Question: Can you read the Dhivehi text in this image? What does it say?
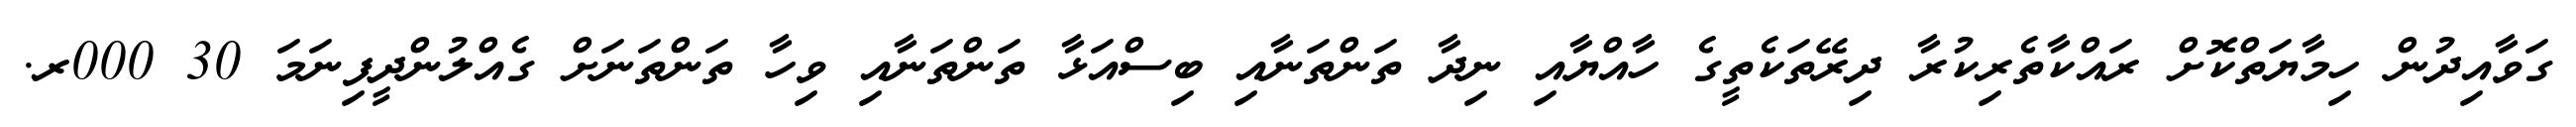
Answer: ގަވާއިދުން ހިމާޔަތްކޮށް ރައްކާތެރިކުރާ ދިރޭތަކެތީގެ ހާއްޔާއި ނިދާ ތަންތަނާއި ބިސްއަޅާ ތަންތަނާއި ވިހާ ތަންތަނަށް ގެއްލުންދީފިނަމަ 30 000ރ.